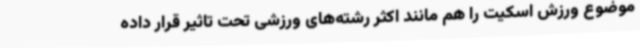
موضوع ورزش اسکیت را هم مانند اکثر رشته‌های ورزشی تحت تاثیر قرار داده